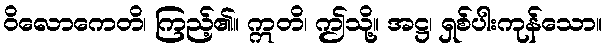
ဝိလောကေတိ၊ ကြည့်၏။ ဣတိ၊ ဤသို့။ အဋ္ဌ၊ ရှစ်ပါးကုန်သော။